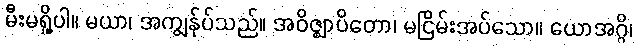
မီးမရှို့ပါ။ မယာ၊ အကျွန်ုပ်သည်။ အဝိဇ္ဈာပိတော၊ မငြိမ်းအပ်သော။ ယောအဂ္ဂိ၊